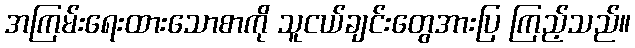
အကြမ်းရေးထားသောစာကို သူငယ်ချင်းတွေအားပြ ကြည့်သည်။